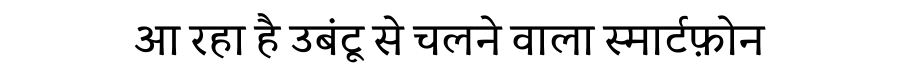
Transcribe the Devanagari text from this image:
आ रहा है उबंटू से चलने वाला स्मार्टफ़ोन